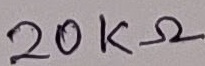
Text: 20KΩ